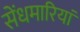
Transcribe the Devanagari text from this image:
सेंधमारियां